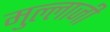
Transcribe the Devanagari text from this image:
मुल्लाजी